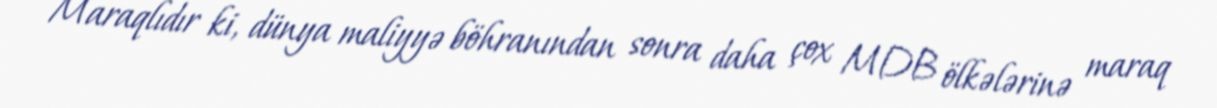
Maraqlıdır ki, dünya maliyyə böhranından sonra daha çox MDB ölkələrinə maraq